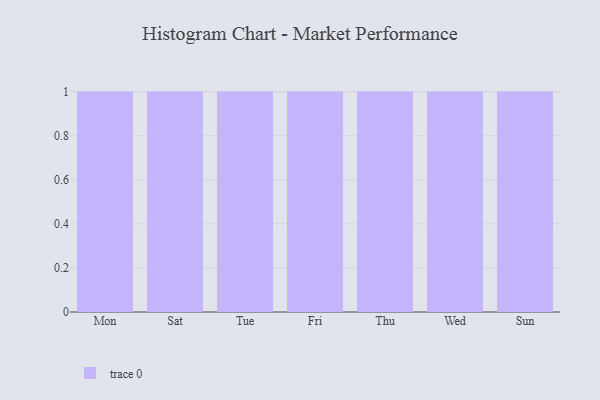
{"axis": {"x": "Day", "y": "Energy Usage (MWh)"}, "legend": [""], "data": [{"x": "Mon", "y": 58, "type": ""}, {"x": "Sat", "y": 83, "type": ""}, {"x": "Tue", "y": 21, "type": ""}, {"x": "Fri", "y": 74, "type": ""}, {"x": "Thu", "y": 46, "type": ""}, {"x": "Wed", "y": 89, "type": ""}, {"x": "Sun", "y": 69, "type": ""}]}